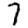
Digit: 7